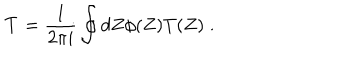
{ \cal T } = \frac { 1 } { 2 \pi i } \oint d Z \phi ( Z ) T ( Z ) \; .